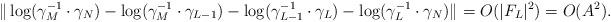
LaTeX: \begin{align*}\|\log(\gamma_M^{-1}\cdot\gamma_N)-\log(\gamma_M^{-1}\cdot\gamma_{L-1})-\log(\gamma_{L-1}^{-1}\cdot\gamma_L)-\log(\gamma_L^{-1}\cdot\gamma_N)\|_{}=O(|F_L|^2)=O(A^2).\end{align*}